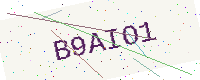
Text: B9AIO1